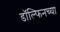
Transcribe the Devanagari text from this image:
डॉल्फिनच्या